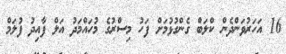
16 އަހަރުވަންދެން ކްލަބް ގެންގުޅުމަށް ފަހު މިސްރުގެ މުހައްމަދު އަލް ފާއިދު ފުލަމް